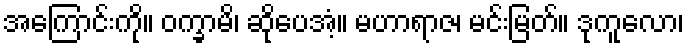
အကြောင်းကို။ ဝက္ခာမိ၊ ဆိုပေအံ့။ မဟာရာဇ၊ မင်းမြတ်။ ဒုကူလော၊